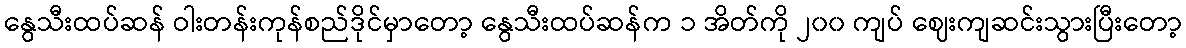
နွေသီးထပ်ဆန် ဝါးတန်းကုန်စည်ဒိုင်မှာတော့ နွေသီးထပ်ဆန်က ၁ အိတ်ကို ၂၀၀ ကျပ် ဈေးကျဆင်းသွားပြီးတော့